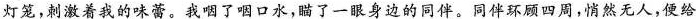
灯笼，刺激着我的味蕾。我咽了咽口水，瞄了一眼身边的同伴。同伴环顾四周，悄然无人，便给